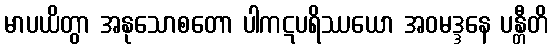
မာပယိတွာ အနုသောစတော ပါကဋပရိဿယော အဝမဒ္ဒနေ ပန္တီတိ